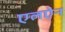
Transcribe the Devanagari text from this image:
एलऐन